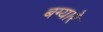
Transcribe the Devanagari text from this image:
बग्यारे